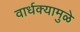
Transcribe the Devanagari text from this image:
वार्धक्यामुळे